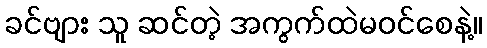
ခင်ဗျား သူ ဆင်တဲ့ အကွက်ထဲမဝင်စေနဲ့။